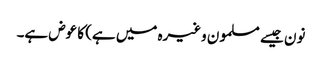
نون جیسے مسلمون وغیرہ میں ہے) کا عوض ہے۔